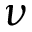
\nu